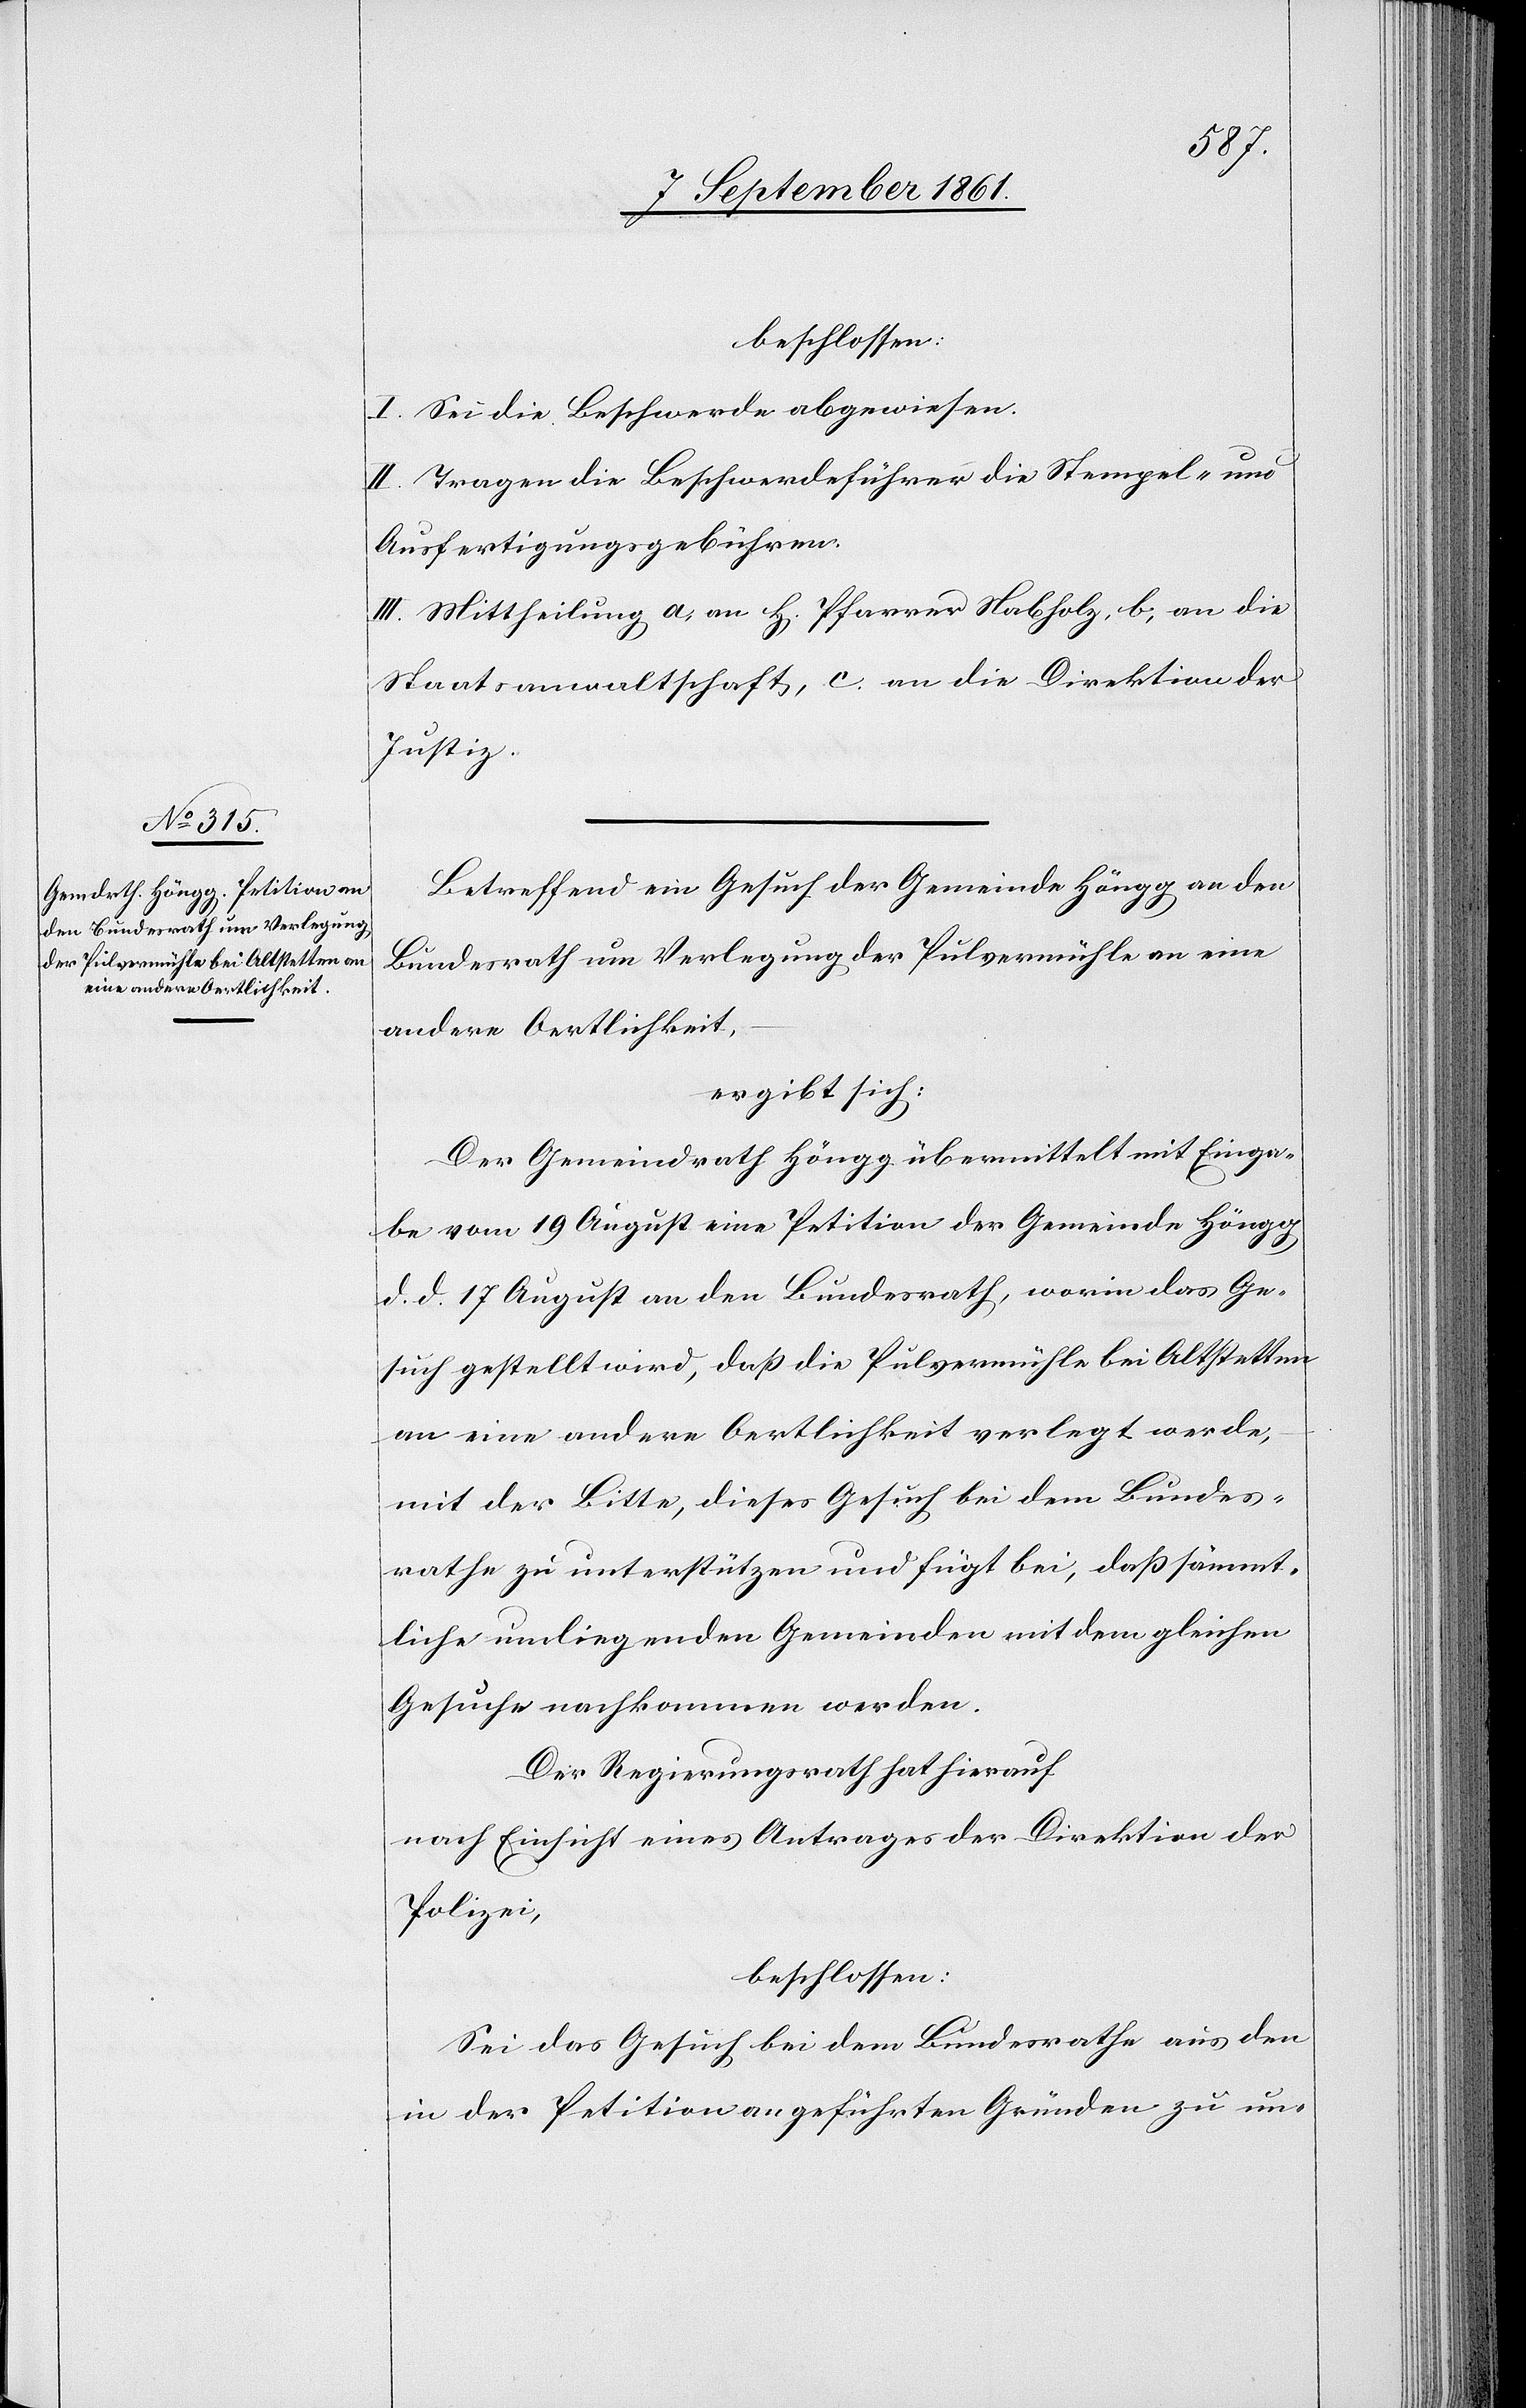
beschossen:
I. Sei die Beschwerde abgewiesen.
II. Tragen die Beschwerdeführer die Stempel- und
Ausfertigungsgebühren.
III. Mittheilung a, an H[errn] Pfarrer Nabholz, b, an die
Staatsanwaltschaft, c, an die Direktion der
Justiz.
Betreffend ein Gesuch der Gemeinde Höngg an den
Bundesrath um Verlegung der Pulvermühle an eine
andere Oertlichkeit,
ergibt sich:
Der Gemeindrath Höngg übermittelt mit Einga¬
be vom 19 August eine Petition der Gemeinde Höngg
d. d. 17 August an den Bundesrath, worin das Ge¬
such gestellt wird, daß die Pulvermühle bei Altstetten
an eine andere Oertlichkeit verlegt werde,
mit der Bitte, dieses Gesuch bei dem Bundes¬
rathe zu unterstützen und fügt bei, daß sämmt¬
liche umliegenden Gemeinden mit dem gleichen
Gesuche nachkommen werden.
Der Regierungsrath hat hierauf,
nach Einsicht eines Antrages der Direktion der
Polizei,
beschlossen:
Sei das Gesuch bei dem Bundesrathe aus den
in der Petition angeführten Gründen zu un-